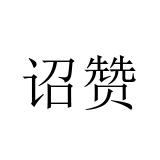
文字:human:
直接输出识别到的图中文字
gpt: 诏赞